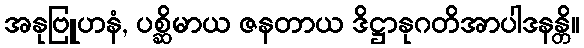
အနုဗြူဟနံ, ပစ္ဆိမာယ ဇနတာယ ဒိဋ္ဌာနုဂတိအာပါဒနန္တိ။